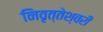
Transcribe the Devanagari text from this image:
निवृत्तेश्वरी